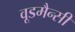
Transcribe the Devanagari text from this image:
वूडमैन्सी